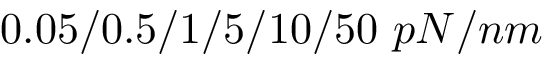
0 . 0 5 / 0 . 5 / 1 / 5 / 1 0 / 5 0 \, \, p N / n m